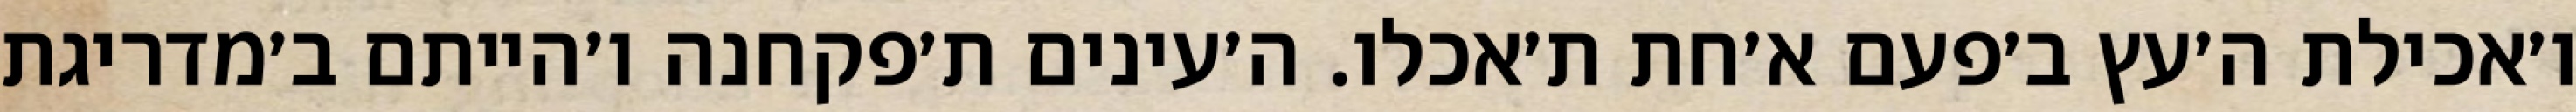
ו׳אכילת ה׳עץ ב׳פעם א׳חת ת׳אכלו. ה׳עינים ת׳פקחנה ו׳הייתם ב׳מדריגת